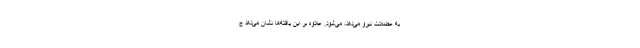
به عضلات نیرو می‌دهد، می‌شود. علاوه بر این یافته‌ها نشان می‌دهد ج